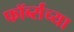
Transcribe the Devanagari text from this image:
फॉर्ब्सच्या